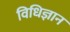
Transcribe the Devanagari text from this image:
विधिज्ञान